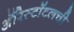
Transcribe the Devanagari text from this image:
अॅरिस्टॉटलची